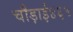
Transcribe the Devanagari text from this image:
चौड़ाई४६५